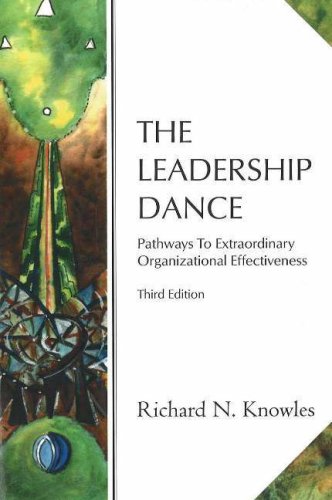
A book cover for The Leadership Dance: Pathways to Extraordinary Organizational Effectiveness; Richard N. Knowles; Science & Math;